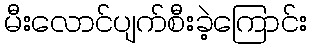
မီးလောင်ပျက်စီးခဲ့ကြောင်း